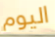
اليوم